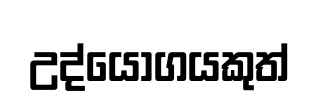
උද්යෝගයකුත්